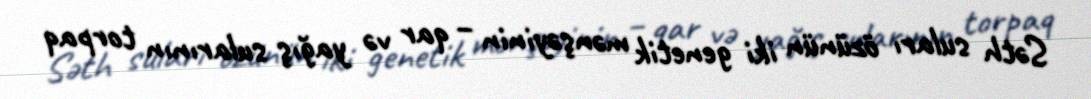
Səth suları özünün iki genetik mənşəyinin – qar və yağış sularının torpaq